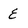
Character: E